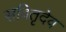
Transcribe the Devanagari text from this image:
सवितृदेव